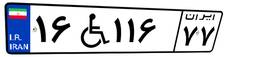
۱۶W۱۱۶۷۷